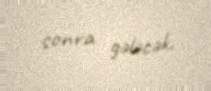
sonra gələcək.